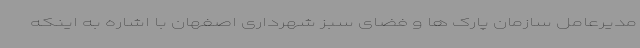
مدیرعامل سازمان پارک ها و فضای سبز شهرداری اصفهان با اشاره به اینکه